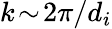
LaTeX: k\! \sim\! 2\pi/d_{i}